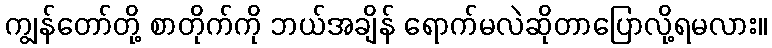
ကျွန်တော်တို့ စာတိုက်ကို ဘယ်အချိန် ရောက်မလဲဆိုတာပြောလို့ရမလား။